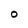
Character: 0